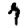
Digit: 7